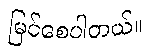
မြင်စေပါတယ်။